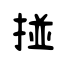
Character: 掽